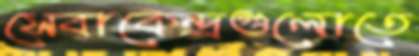
সেবাকেন্দ্রগুলোতে